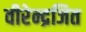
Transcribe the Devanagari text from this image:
वीरेन्द्रजित